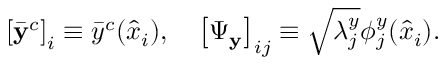
\left[ \bar { \mathbf { y } } ^ { c } \right] _ { i } \equiv \bar { y } ^ { c } ( \hat { x } _ { i } ) , \quad \left[ \boldsymbol { \Psi } _ { \mathbf { y } } \right] _ { i j } \equiv \sqrt { \lambda _ { j } ^ { y } } \phi _ { j } ^ { y } ( \hat { x } _ { i } ) .